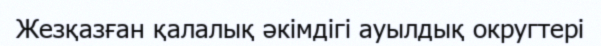
Жезқазған қалалық әкімдігі ауылдық округтері